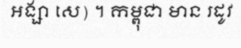
អង្សា សេ) ។ កម្ពុជា មាន រដូវ